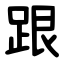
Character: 跟